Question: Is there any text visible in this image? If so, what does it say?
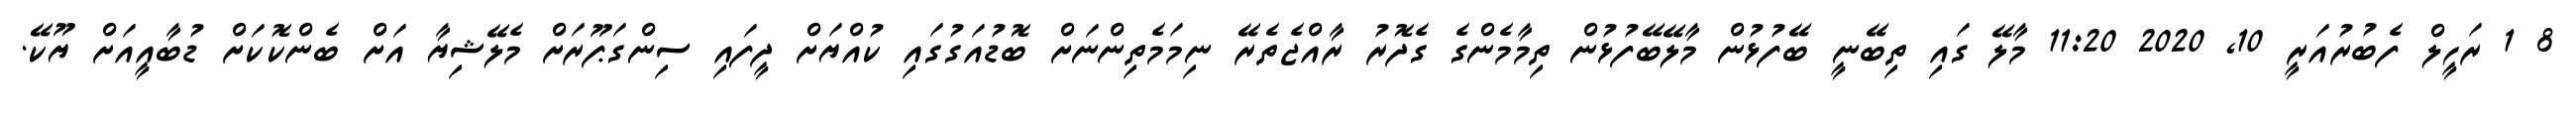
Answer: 8 1 ރަހީލް ފެބުރުއަރީ 10, 2020 11:20 މާލޭ ގައި ތިބޭނީ ބޭފުޅުން މާލޭބޭފުޅުން ތިމާމެންގެ ގެދޮރު ރާއްޖެތެރޭ ނިމަމެތިންނަށް ބޮޑުއަގުގައި ކުއްޔަށް ދީފައި ސިންގަޕޫރަށް މެލޭޝިޔާ އަށް ބެންކޮކަށް ޑުބާއީއަށް ޔޫކޭ.